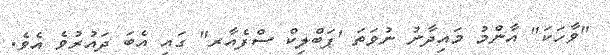
"ވާހަކަ" އާންމު މައިދާނު ނުވަތަ 'ޕަބްލިކް ސްފެއާރ" ގައި އެބަ ދައުރުވެ އެވެ.